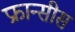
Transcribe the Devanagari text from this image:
फ्रान्सीस